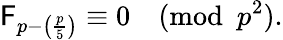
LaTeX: \mathsf{F}_{p-\left({\frac{{p}}{{5}}}\right)}\equiv0{\pmod{p^{2}}}.